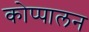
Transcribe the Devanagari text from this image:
कोप्पालन